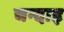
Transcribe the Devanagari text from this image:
चन्दाइ